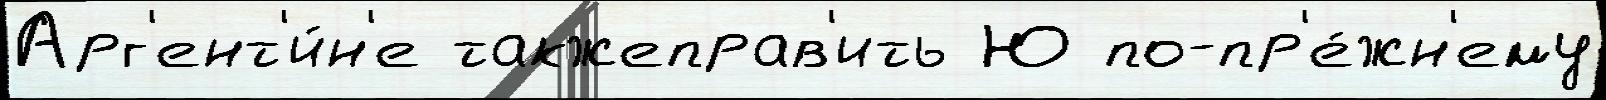
Арг'ент'и́н'е такжеправ'ить Ю по-пр'е́жн'ему